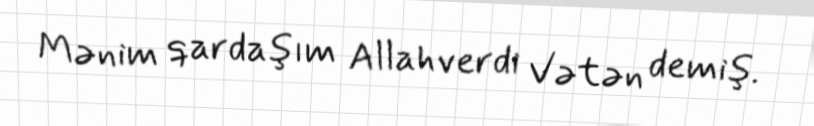
Mənim qardaşım Allahverdi Vətən demiş.